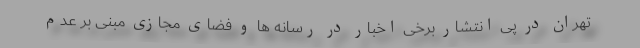
تهران در پی انتشار برخی اخبار در رسانه ها و فضای مجازی مبنی بر عدم